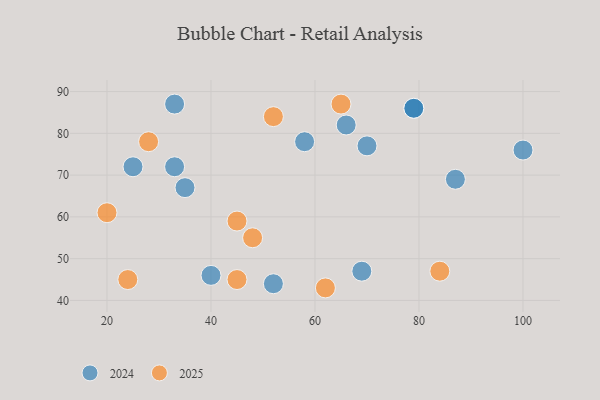
{"axis": {"x": "GDP", "y": "Life Expectancy"}, "legend": ["2024", "2025"], "data": [{"x": "65", "y": 87, "type": "2025"}, {"x": "84", "y": 47, "type": "2025"}, {"x": "20", "y": 61, "type": "2025"}, {"x": "48", "y": 55, "type": "2025"}, {"x": "62", "y": 43, "type": "2025"}, {"x": "28", "y": 78, "type": "2025"}, {"x": "45", "y": 45, "type": "2025"}, {"x": "45", "y": 59, "type": "2025"}, {"x": "24", "y": 45, "type": "2025"}, {"x": "52", "y": 84, "type": "2025"}, {"x": "33", "y": 87, "type": "2024"}, {"x": "70", "y": 77, "type": "2024"}, {"x": "69", "y": 47, "type": "2024"}, {"x": "35", "y": 67, "type": "2024"}, {"x": "87", "y": 69, "type": "2024"}, {"x": "33", "y": 72, "type": "2024"}, {"x": "25", "y": 72, "type": "2024"}, {"x": "100", "y": 76, "type": "2024"}, {"x": "40", "y": 46, "type": "2024"}, {"x": "52", "y": 44, "type": "2024"}, {"x": "79", "y": 86, "type": "2024"}, {"x": "79", "y": 86, "type": "2024"}, {"x": "66", "y": 82, "type": "2024"}, {"x": "58", "y": 78, "type": "2024"}]}